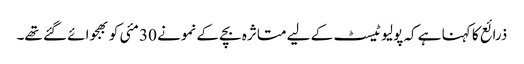
ذرائع کا کہنا ہے کہ پولیو ٹیسٹ کے لیے متاثرہ بچے کے نمونے 30 مئی کو بھجوائے گئے تھے۔